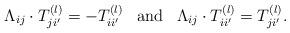
LaTeX: \begin{align*}\Lambda_{ij}\cdot T_{ji'}^{(l)}=-T_{ii'}^{(l)}\;\;\;\textup{and}\;\;\;\Lambda_{ij}\cdot T_{ii'}^{(l)}=T_{ji'}^{(l)}.\end{align*}